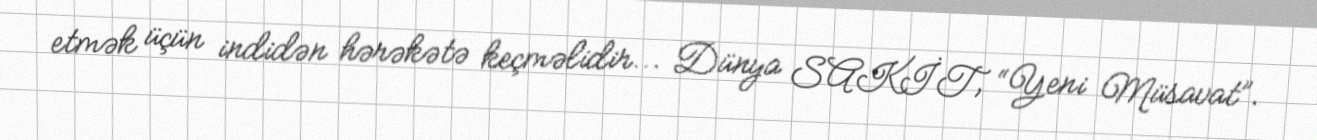
etmək üçün indidən hərəkətə keçməlidir... Dünya SAKİT, “Yeni Müsavat”.